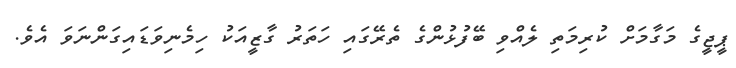
ޕީޖީގެ މަގާމަށް ކުރިމަތި ލެއްވި ބޭފުޅުންގެ ތެރޭގައި ހަތަރު ގާޒީއަކު ހިމެނިވަޑައިގަންނަވަ އެވެ.